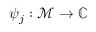
\psi _ { j } : \mathcal { M } \rightarrow \mathbb { C }